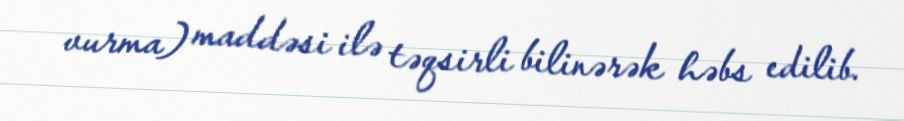
vurma) maddəsi ilə təqsirli bilinərək həbs edilib.